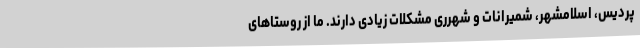
پردیس، اسلامشهر، شمیرانات و شهرری مشکلات زیادی دارند. ما از روستاهای